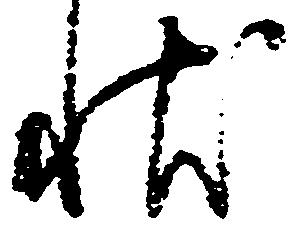
状